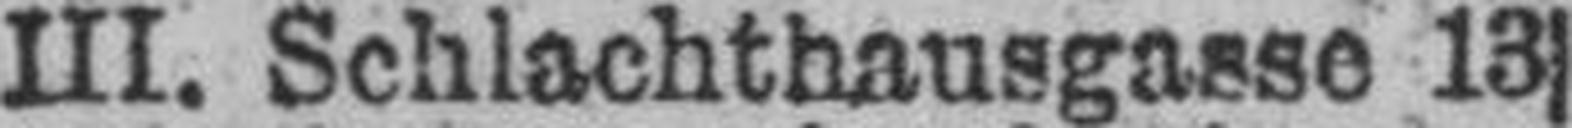
III. Schlachthausgasse 13